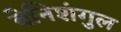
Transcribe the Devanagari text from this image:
बेनिशंगुल